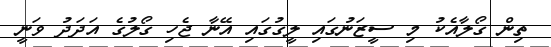
ތިން ގޯލާއެކު މި ސީޒަނުގައި ލީގުގައި އޭނާ ޖެހި ގޯލުގެ އަދަދު ވަނީ